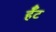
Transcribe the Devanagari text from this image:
र्हँट